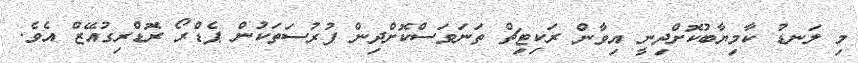
މި ލަނޑު ކާމިޔާބުކޮށްދިނީ އިވާން ރަކިޓިޗް ތަނަވަސްކޮށްދިން ފުރުސަތަކުން ޕެޑްރޯ ރޮޑްރިގުއޭޒް އެވެ.